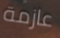
عازمة